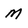
Character: M